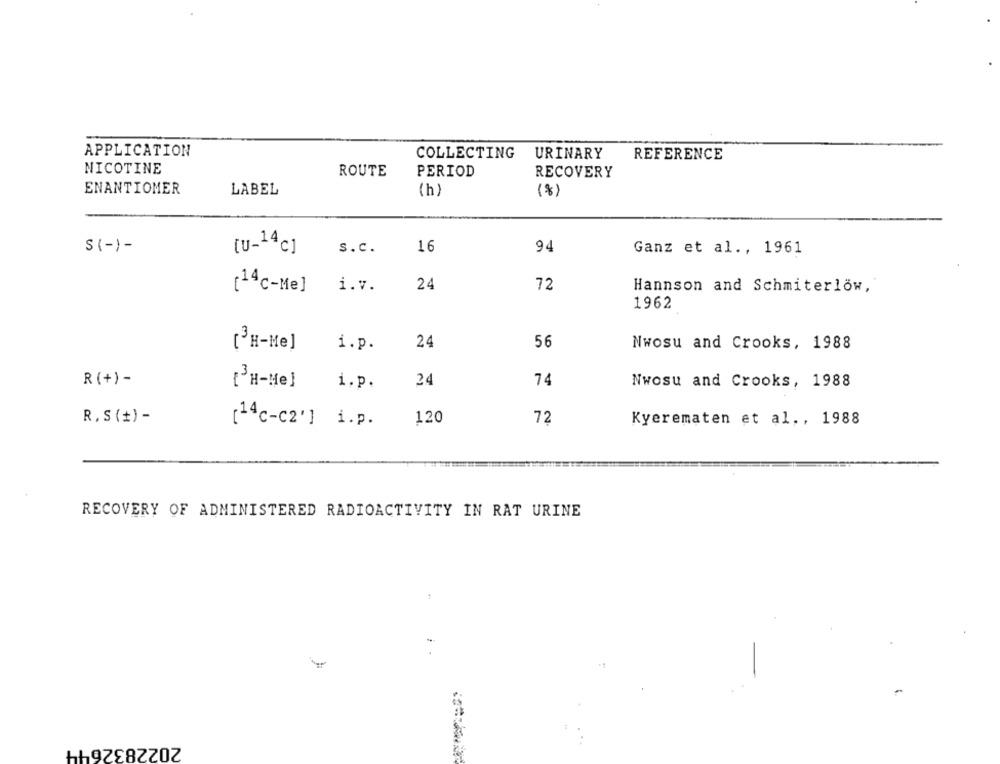
APPLICATION
COLLECTING
URINARY
REFERENCE
NICOTINE
ROUTE
PERIOD
RECOVERY
ENANTIOMER
LABEL
(h.
(8)
S (-)-
[u-14c]
s.c.
16
94
Ganz et al ., 1961
i.v.
24
72
Hannson and Schmiterlow,
[14 c-Me]
1962
24
56
Nwosu and Crooks, 1988
[3H-He]
i.p.
R (+) -
24
74
Nwosu and Crooks, 1988
(3H-He]
i.p.
R , S (+) -
120
72
Kyerematen et al ., 1988
[14c-c2'] i.p.
RECOVERY OF ADMINISTERED RADIOACTIVITY IN RAT URINE
2022832644